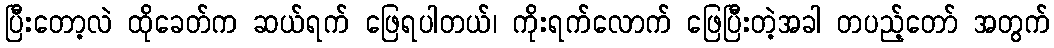
ပြီးတော့လဲ ထိုခေတ်က ဆယ်ရက် ဖြေရပါတယ်၊ ကိုးရက်လောက် ဖြေပြီးတဲ့အခါ တပည့်တော် အတွက်